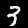
Label: 3